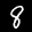
Label: 8